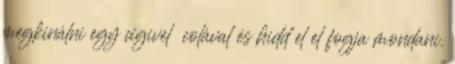
megkinálni egy cigivel colával és hidd el el fogja mondani.